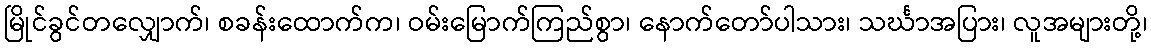
မြိုင်ခွင်တလျှောက်၊ စခန်းထောက်က၊ ဝမ်းမြောက်ကြည်စွာ၊ နောက်တော်ပါသား၊ သင်္ဃာအပြား၊ လူအများတို့၊